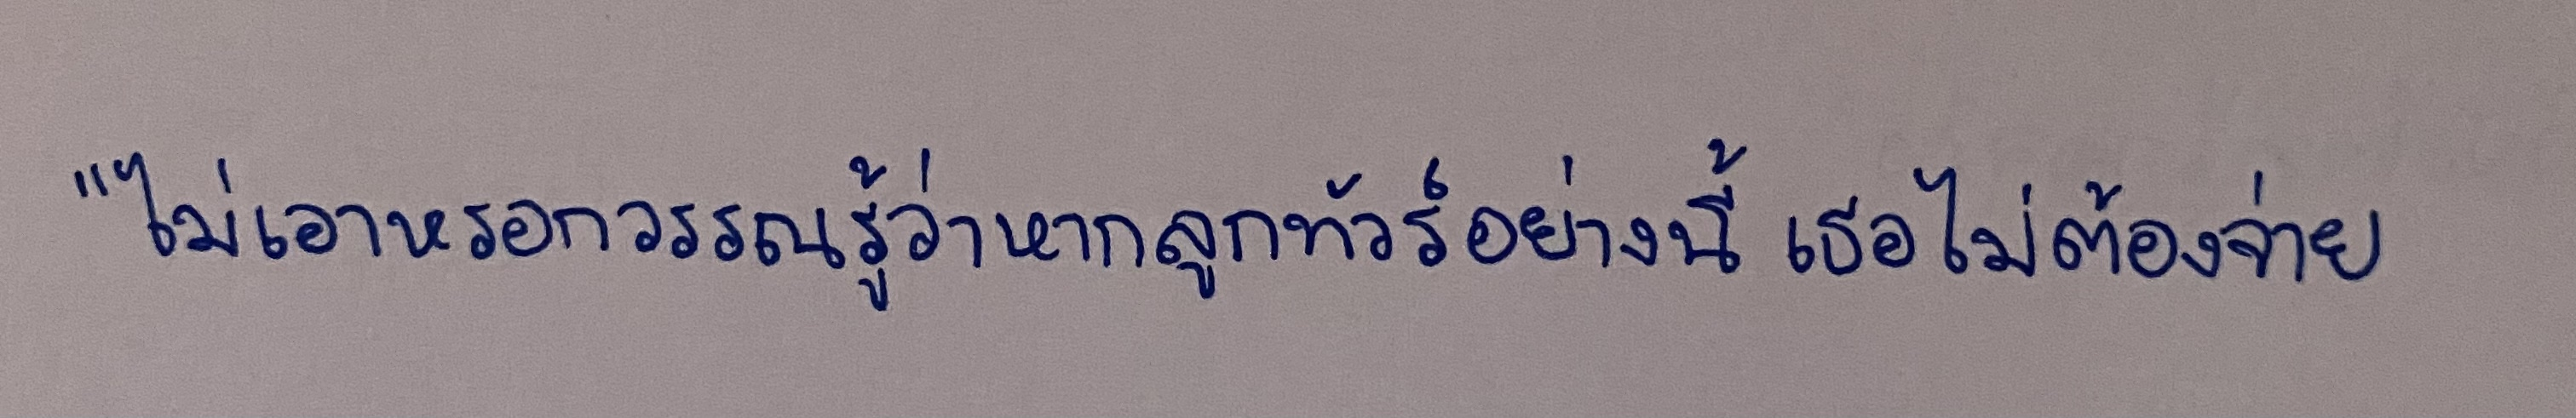
"ไม่เอาหรอกวรรณรู้ว่าหากลูกทัวร์อย่างนี้เธอไม่ต้องจ่าย